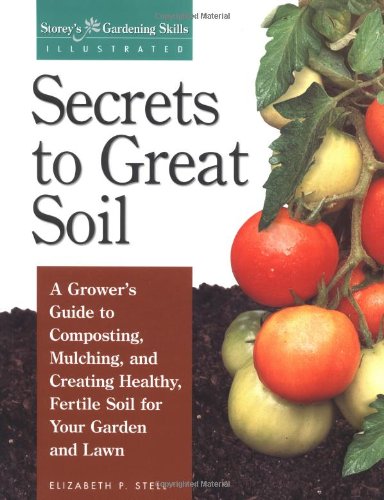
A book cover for Secrets to Great Soil (Storey's Gardening Skills Illustrated); Elizabeth Stell; Crafts, Hobbies & Home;